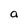
Character: a